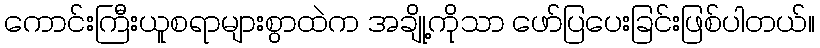
ကောင်းကြီးယူစရာများစွာထဲက အချို့ကိုသာ ဖော်ပြပေးခြင်းဖြစ်ပါတယ်။